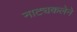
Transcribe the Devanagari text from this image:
नाट्यकलेने